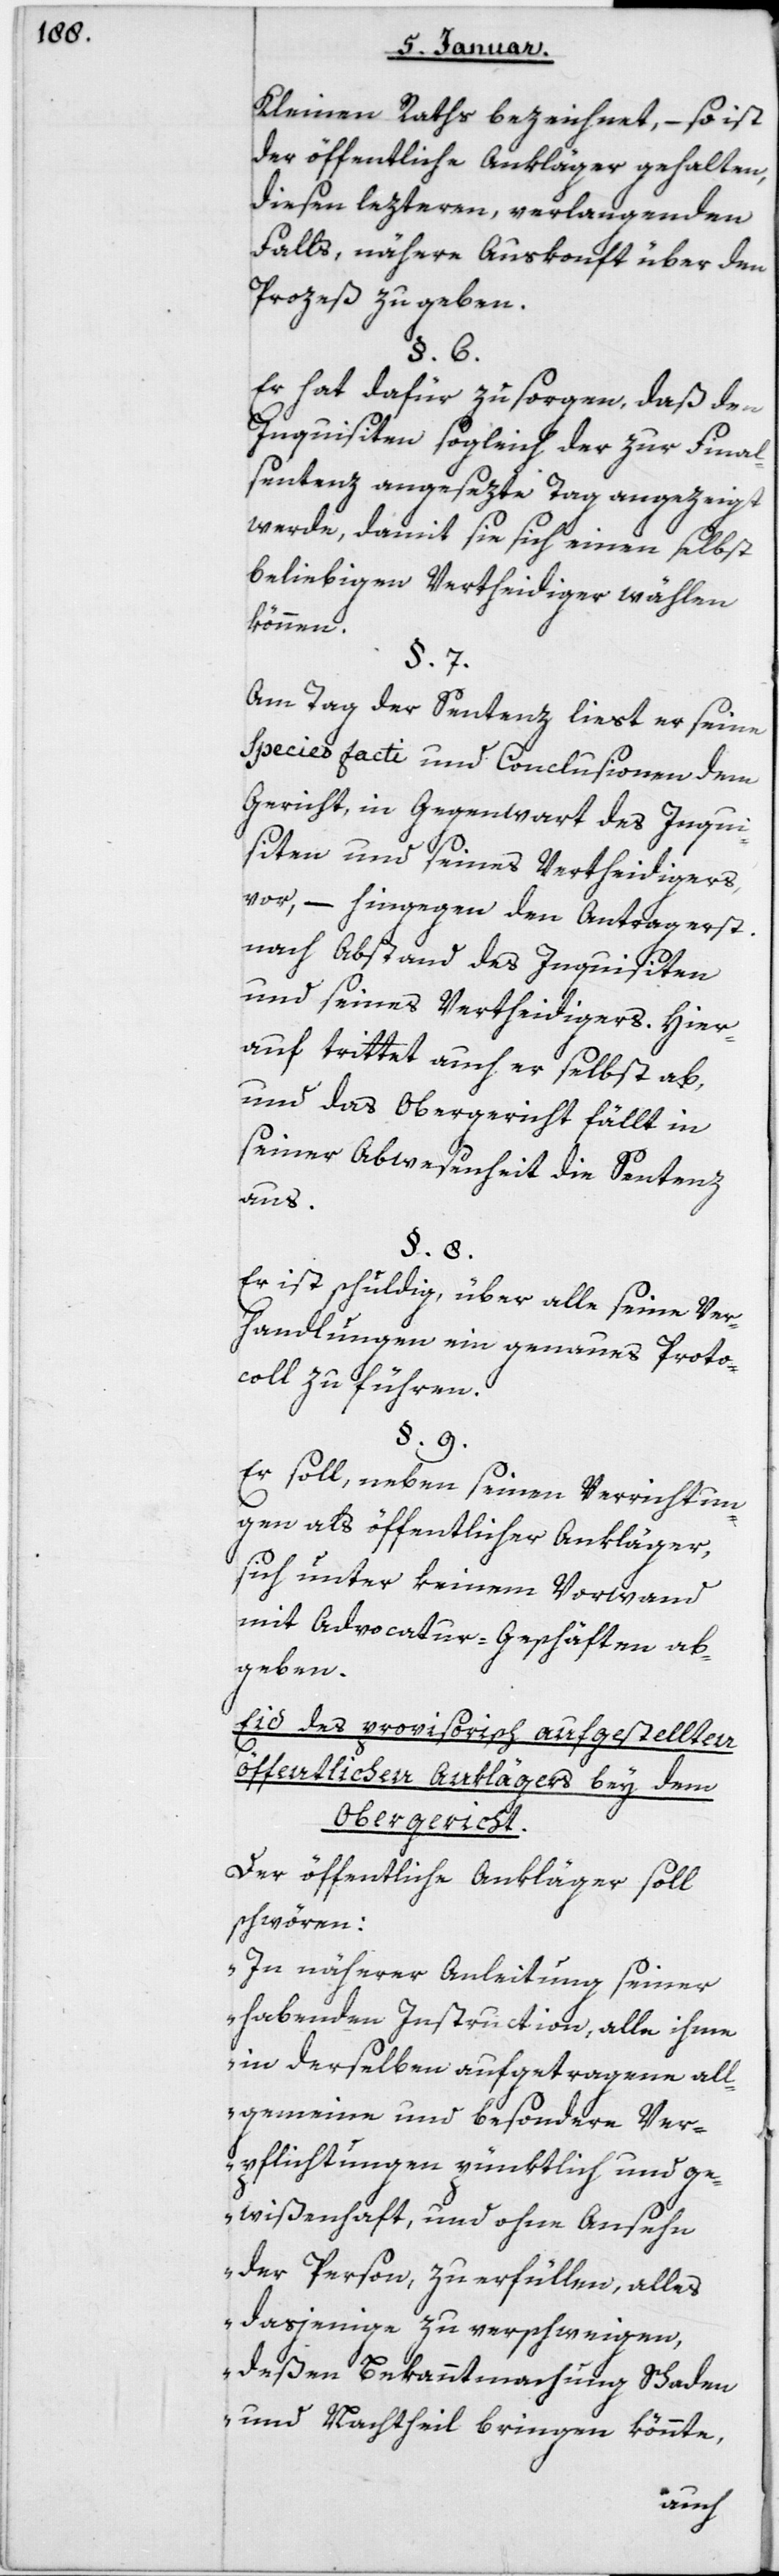
Kleinen Raths bezeichnet, – so ist
der öffentliche Ankläger gehalten,
diesen lezteren, verlangenden
Falls, nähere Auskonft über den
Prozeß zu geben.
Er hat dafür zu sorgen, daß den
Inquisiten sogleich der zur Final-S¬
entenz angesezte Tag angezeigt
werde, damit sie sich einen selbst
beliebigen Vertheidiger wählen
können.
Am Tag der Sentenz liest er seine
Species facti und Conclusionen dem
Gericht, in Gegenwart des Inqui¬
siten und seines Vertheidigers
vor, – hingegen den Antrag erst
nach Abstand des Inquisiten
und seines Vertheidigers. Hier¬
auf trittet auch er selbst ab,
und das Obergericht fällt in
seiner Abwesenheit die Sentenz
aus.
Er ist schuldig, über alle seine Ver¬
handlungen ein genaues Proto¬
coll zu führen.
Er soll, neben seinen Verrichtun¬
gen als öffentlicher Ankläger,
sich unter keinem Vorwand
mit Advocatur-Geschäften ab¬
geben.
Eid des provisorisch aufgestellten
öffentlichen Anklägers bey dem
Obergericht.
Der öffentliche Ankläger soll
schwören:
„In näherer Anleitung seiner
habenden Instruction, alle ihme
in derselben aufgetragene all¬
gemeine und besondere Ver¬
pflichtungen pünktlich und ge¬
wißenhaft, und ohne Ansehn
der Person, zu erfüllen, alles
dasjenige zu verschweigen,
deßen Bekanntmachung Schaden
und Nachtheil bringen könnte,